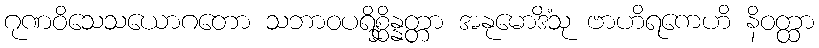
ဂုဏဝိသေသယောဂတော သဘာဝပရိစ္ဆိန္နတ္တာ အနုမောဒိံသု ဗာဟိရကေဟိ နိဝတ္ထာ